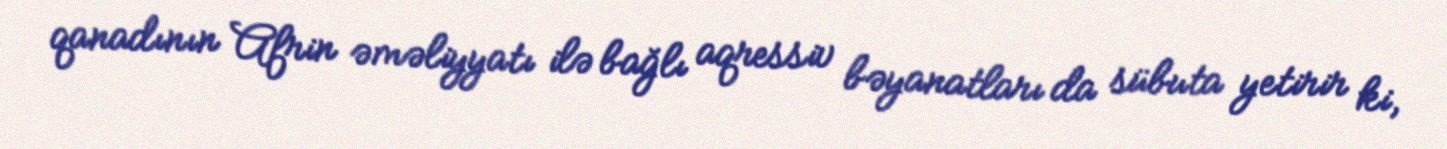
qanadının Afrin əməliyyatı ilə bağlı aqressiv bəyanatları da sübuta yetirir ki,